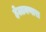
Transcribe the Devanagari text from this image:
हेलावणारा